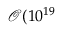
\mathcal { O } ( 1 0 ^ { 1 9 }